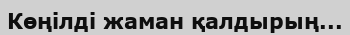
Көңілді жаман қалдырың...